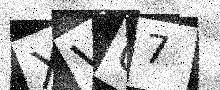
Text: XV07